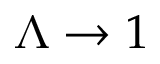
\Lambda \to 1